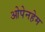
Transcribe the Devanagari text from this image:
ओपेनहेम